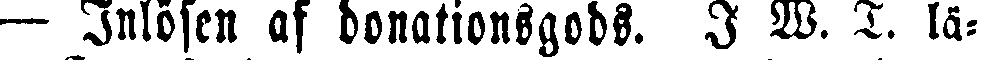
— Inlösen af donationsgods. I W. T. lä-